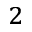
^ 2